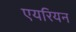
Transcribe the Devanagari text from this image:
एयरियन